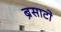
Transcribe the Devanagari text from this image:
ब्रेसाटो